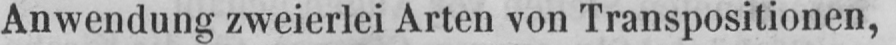
Anwendung zweierlei Arten von Transpositionen,